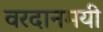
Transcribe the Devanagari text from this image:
वरदानमयी